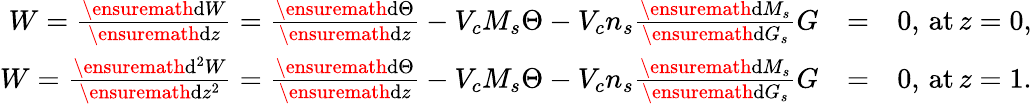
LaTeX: \begin{array}{rlr}{W=\frac{\ensuremath{\mathrm{d}}W}{\ensuremath{\mathrm{d}}z}=\frac{\ensuremath{\mathrm{d}}\Theta}{\ensuremath{\mathrm{d}}z}-V_{c}M_{s}\Theta-V_{c}n_{s}\frac{\ensuremath{\mathrm{d}}M_{s}}{\ensuremath{\mathrm{d}}G_{s}}G}&{=}&{0,\, \mathrm{at}\, z=0,}\\ {W=\frac{\ensuremath{\mathrm{d}}^{2}W}{\ensuremath{\mathrm{d}}z^{2}}=\frac{\ensuremath{\mathrm{d}}\Theta}{\ensuremath{\mathrm{d}}z}-V_{c}M_{s}\Theta-V_{c}n_{s}\frac{\ensuremath{\mathrm{d}}M_{s}}{\ensuremath{\mathrm{d}}G_{s}}G}&{=}&{0,\, \mathrm{at}\, z=1.}\end{array}